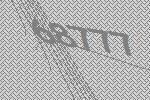
68777